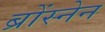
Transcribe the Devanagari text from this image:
ब्रोंस्नेन